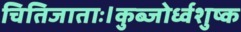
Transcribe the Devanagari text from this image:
चितिजाताः।कुब्जोर्ध्वशुष्क